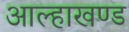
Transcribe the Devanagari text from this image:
आल्हाखण्ड